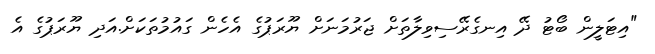
"އިޓަލީން ބޯޓު ދޭ އިނގެރޭސިވިލާތަށް ޖަރުމަނަށް ޔޫރަޕުގެ އެހެން ގައުމުތަކަށް.އަދި ޔޫރަޕުގެ އެ